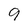
Character: 9